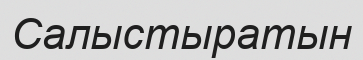
Салыстыратын